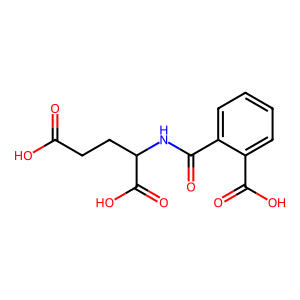
SMILES: O=C(O)CCC(NC(=O)c1ccccc1C(=O)O)C(=O)O
Inhibits HIV replication: No